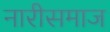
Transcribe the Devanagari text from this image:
नारीसमाज